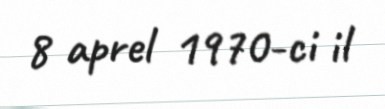
8 aprel 1970-ci il